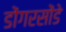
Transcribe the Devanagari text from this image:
डोंगरसोंडे